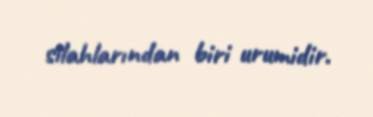
silahlarından biri urumidir.